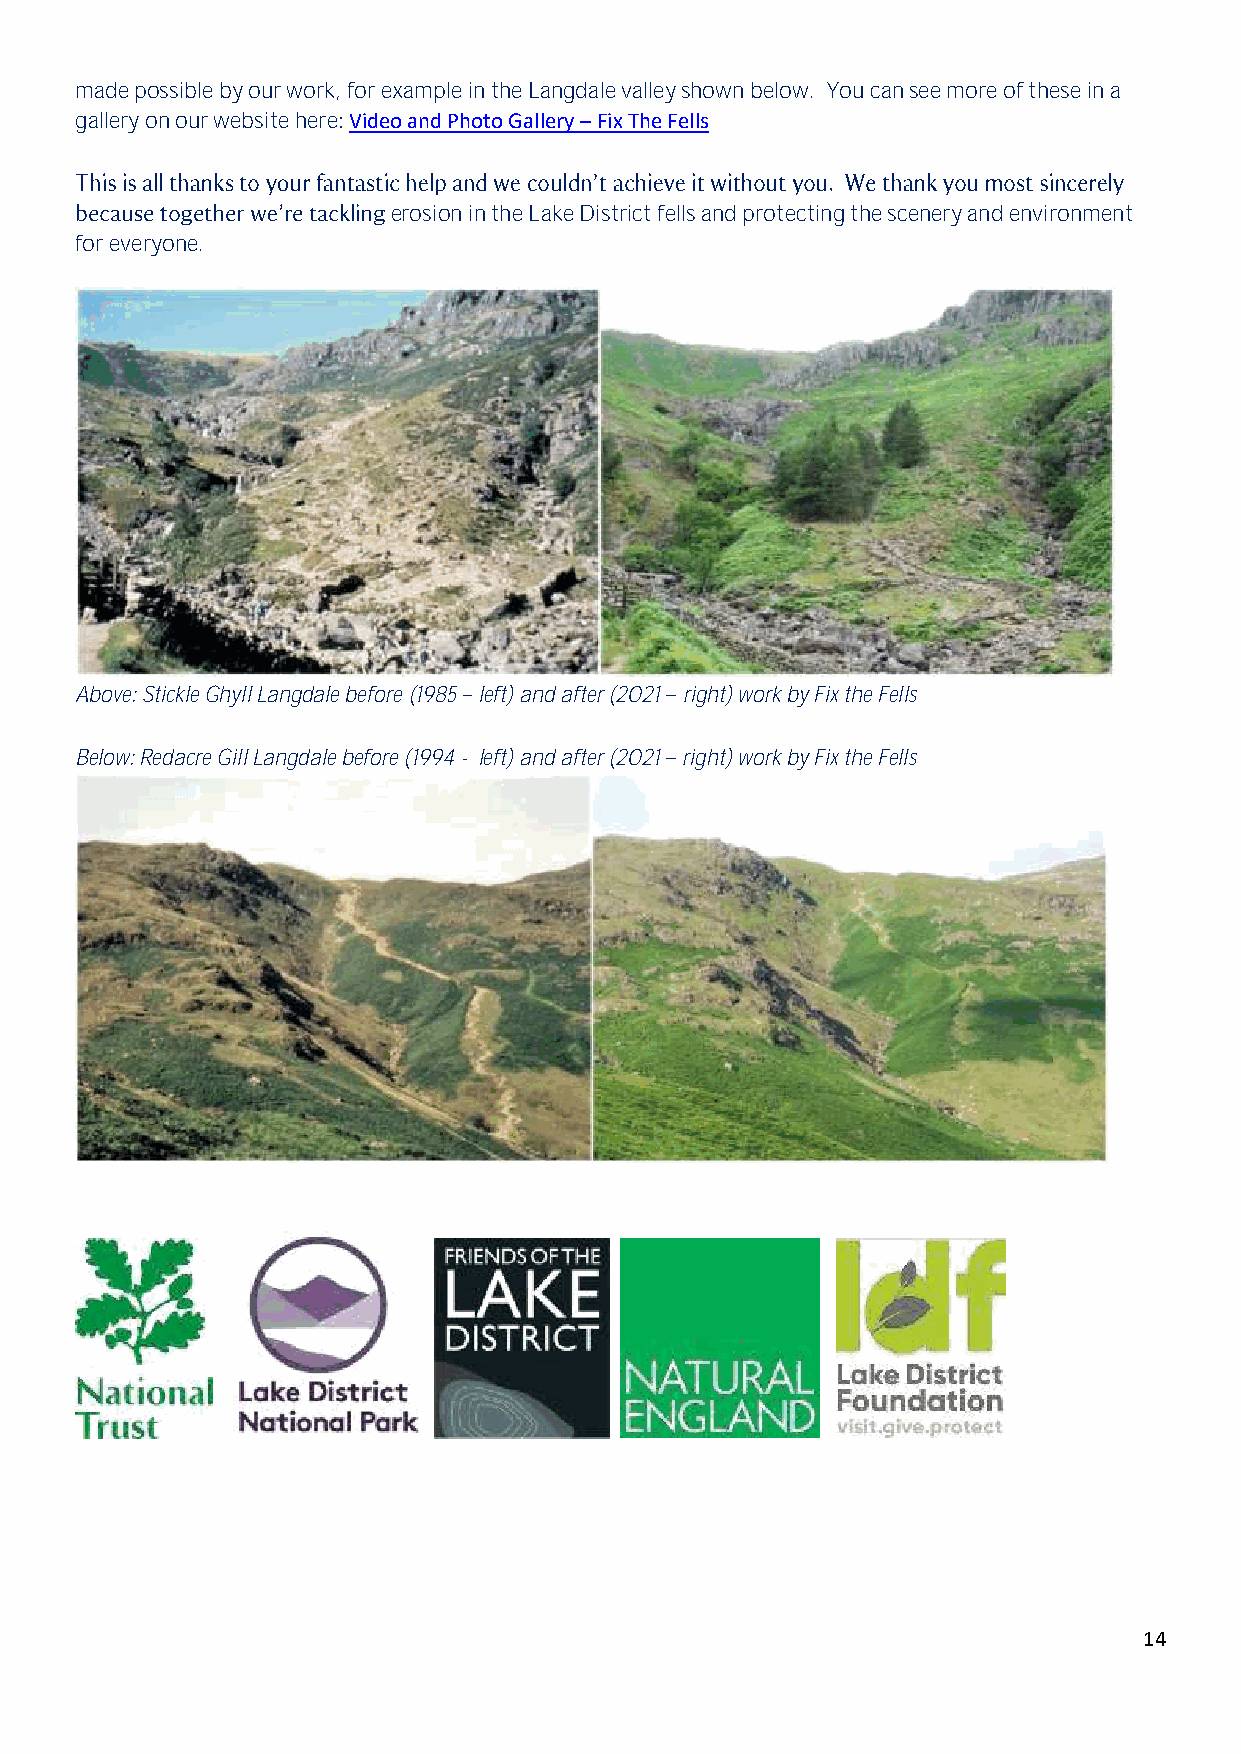
made possible by our work, for example in the Langdale valley shown below. You can see more of these in a
 gallery on our website here: Video and Photo Gallery – Fix The Fells
 erosion in the Lake District fells and protecting the scenery and environment
 for everyone.
 Above: Stickle Ghyll Langdale before (1985 left) and after (2021 right) work by Fix the Fells
 Below: Redacre Gill Langdale before (1994 - left) and after (2021 right) work by Fix the Fells
 14